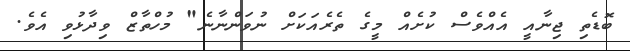
ބޮޑެތި ޖިނާއީ އެއްވެސް ކުށެއް މީގެ ތެރެއަކަށް ނުވަންނާނެ" މުހްތާޒް ވިދާޅުވި އެވެ.